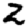
Digit: 2